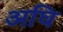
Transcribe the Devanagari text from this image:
अघि